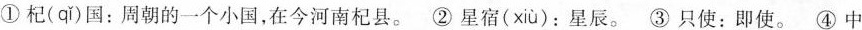
①杞(qǐ)国:周朝的一个小国,在今河南杞县。